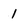
Character: 1